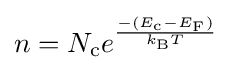
n=N_{\text{c}}e^{\frac {-(E_{\text{c}}-E_{\text{F}})}{k_{\text{B}}T}}